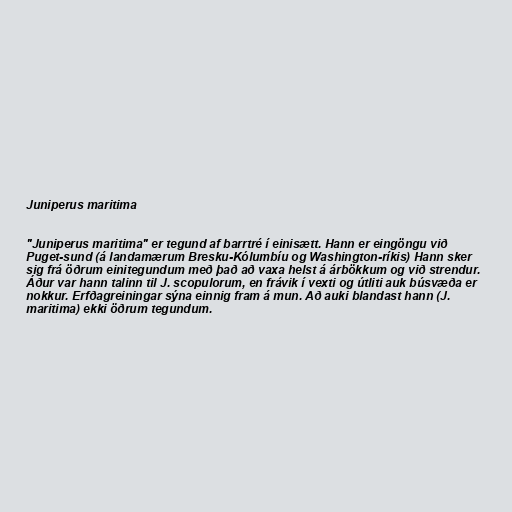
Juniperus maritima

"Juniperus maritima" er tegund af barrtré í einisætt. Hann er eingöngu við
Puget-sund (á landamærum Bresku-Kólumbíu og Washington-ríkis) Hann sker
sig frá öðrum einitegundum með það að vaxa helst á árbökkum og við strendur.
Áður var hann talinn til J. scopulorum, en frávik í vexti og útliti auk búsvæða er
nokkur. Erfðagreiningar sýna einnig fram á mun. Að auki blandast hann (J.
maritima) ekki öðrum tegundum.